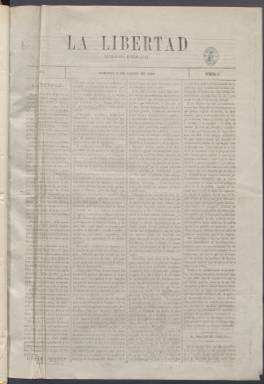
Título: La Libertad (Madrid. 1872)
Colección: Periódicos
Ámbito geográfico: Madrid
Lugar de publicación: Madrid
Fechas: 03/03/1872-23/12/1872